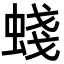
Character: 䗃